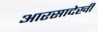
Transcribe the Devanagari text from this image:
आरसादेखी